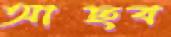
আছব